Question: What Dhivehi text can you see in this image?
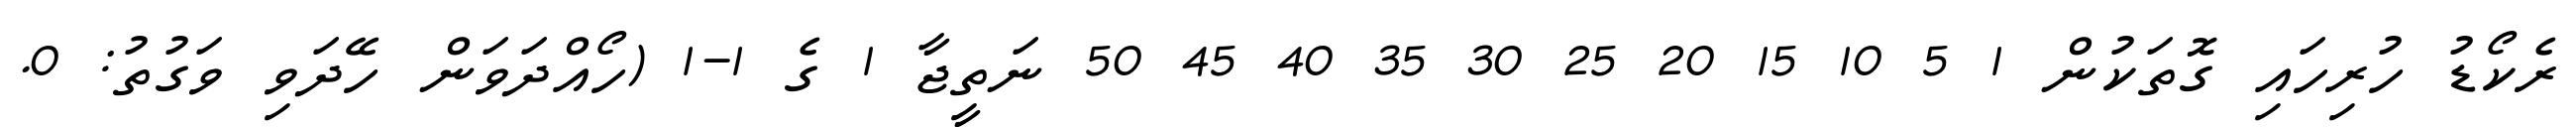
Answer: ރެކޯޑު ހުރިހައި ގޮތަކުން 1 5 10 15 20 25 30 35 40 45 50 ނަތީޖާ 1 ގެ 1-1 (ހޯއްދަވަން ހޭދަވި ވަގުތު: 0.